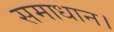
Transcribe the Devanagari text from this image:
समाधान।